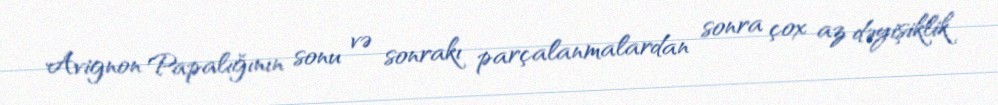
Avignon Papalığının sonu və sonrakı parçalanmalardan sonra çox az dəyişiklik